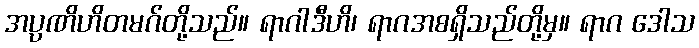
အပ္ပဏိဟိတမဂ်တို့သည်။ ရာဂါဒီဟိ၊ ရာဂအစရှိသည်တို့မှ။ ရာဂ ဒေါသ